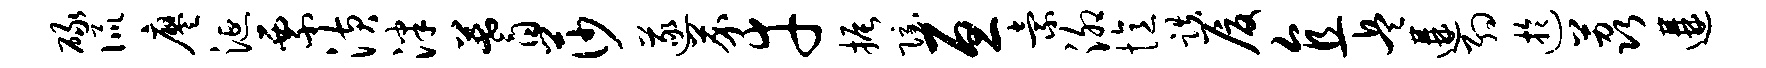
碌侃廖涎票潢泮蓍莎遂芥幸振隐亘索泖忆跌厦直兵遘约迂荔遘